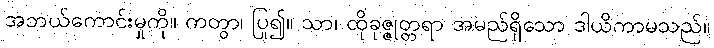
အဘယ်ကောင်းမှုကို။ ကတွာ၊ ပြု၍။ သာ၊ ထိုခုဇ္ဇုတ္တရာ အမည်ရှိသော ဒါယိကာမသည်။